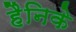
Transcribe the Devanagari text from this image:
हैनिके